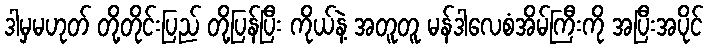
ဒါမှမဟုတ် တို့တိုင်းပြည် တို့ပြန်ပြီး ကိုယ်နဲ့ အတူတူ မန်ဒါလေစံအိမ်ကြီးကို အပြီးအပိုင်